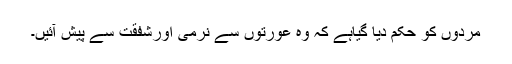
مردوں کو حکم دیا گیاہے کہ وہ عورتوں سے نرمی اورشفقت سے پیش آئیں۔